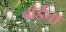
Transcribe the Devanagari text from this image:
बोर्डचा